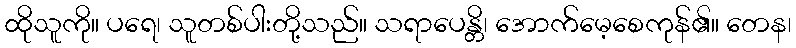
ထိုသူကို။ ပရေ၊ သူတစ်ပါးတို့သည်။ သရာပေန္တိ၊ အောက်မေ့စေကုန်၏။ တေန၊